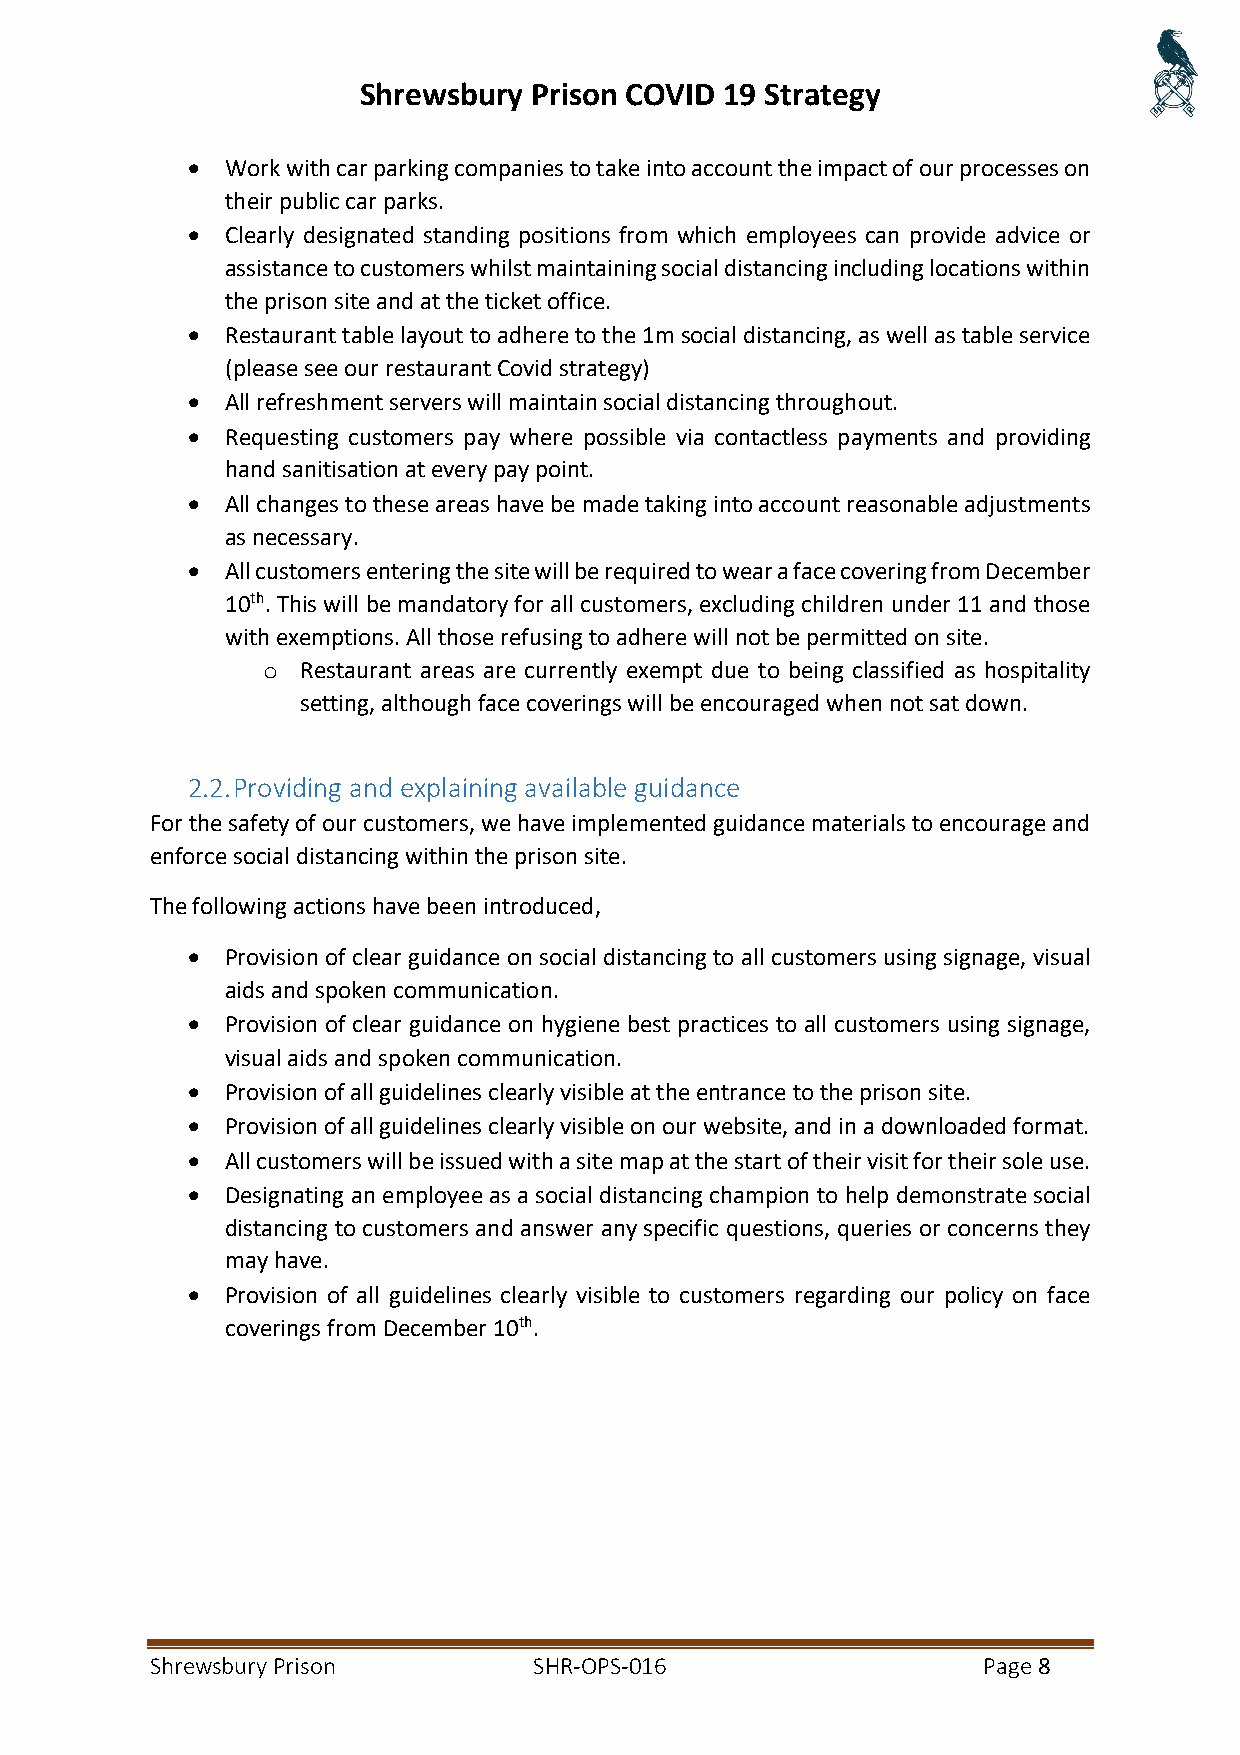
Shrewsbury Prison COVID 19 Strategy
 •  Work with car parking companies to take into account the impact of our processes on
 their public car parks.
 •  Clearly designated standing positions from which employees can provide advice or
 assistance to customers whilst maintaining social distancing including locations within
 the prison site and at the ticket office.
 •  Restaurant table layout to adhere to the 1m social distancing, as well as table service
 (please see our restaurant Covid strategy)
 •  All refreshment servers will maintain social distancing throughout.
 •  Requesting customers pay where possible via contactless payments and providing
 hand sanitisation at every pay point.
 •  All changes to these areas have be made taking into account reasonable adjustments
 as necessary.
 •  All customers entering the site will be required to wear a face covering from December
 10th. This will be mandatory for all customers, excluding children under 11 and those
 with exemptions. All those refusing to adhere will not be permitted on site.
 o  Restaurant areas are currently exempt due to being classified as hospitality
 setting, although face coverings will be encouraged when not sat down.
 2.2. Providing and explaining available guidance
 For the safety of our customers, we have implemented guidance materials to encourage and
 enforce social distancing within the prison site.
 The following actions have been introduced,
 •  Provision of clear guidance on social distancing to all customers using signage, visual
 aids and spoken communication.
 •  Provision of clear guidance on hygiene best practices to all customers using signage,
 visual aids and spoken communication.
 •  Provision of all guidelines clearly visible at the entrance to the prison site.
 •  Provision of all guidelines clearly visible on our website, and in a downloaded format.
 •  All customers will be issued with a site map at the start of their visit for their sole use.
 •  Designating an employee as a social distancing champion to help demonstrate social
 distancing to customers and answer any specific questions, queries or concerns they
 may have.
 •  Provision of all guidelines clearly visible to customers regarding our policy on face
 coverings from December 10th.
 Shrewsbury Prison        SHR-OPS-016                   Page 8